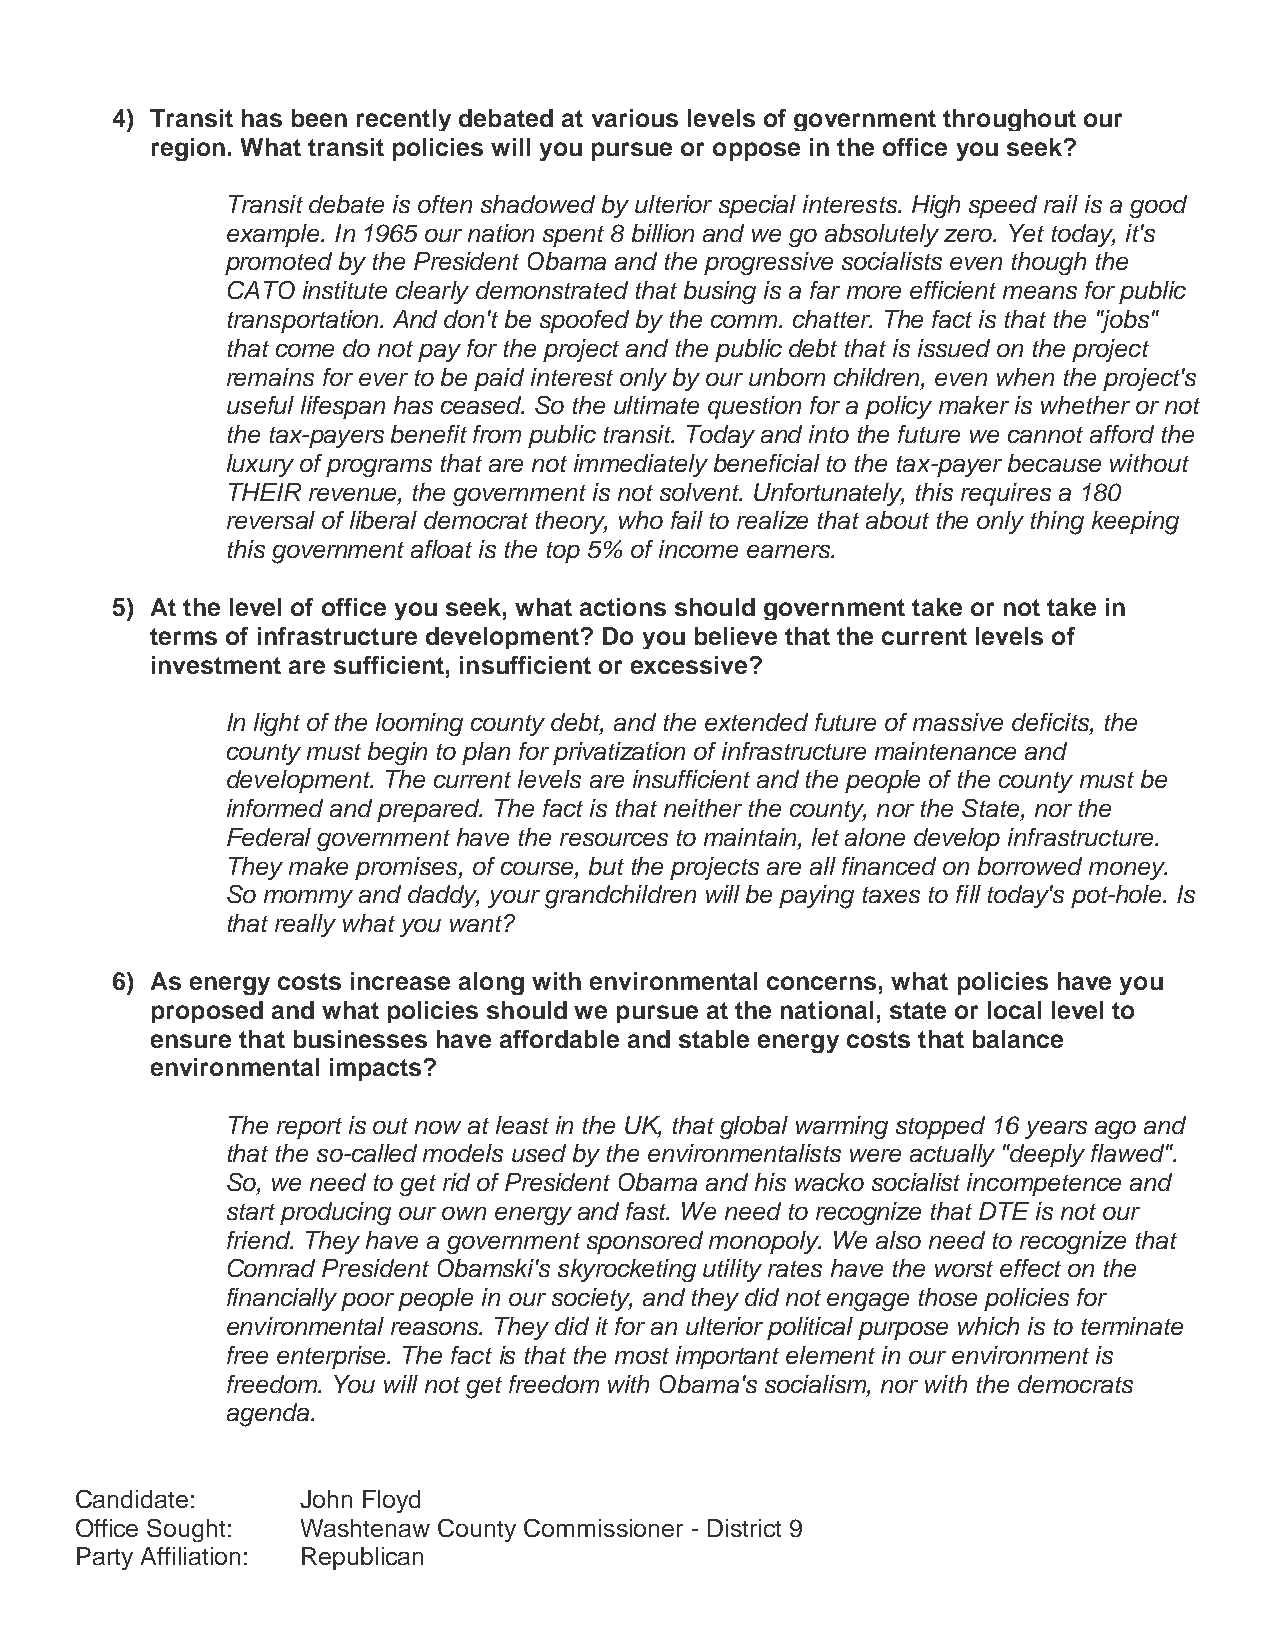
4) Transit has been recently debated at various levels of government throughout our
 region. What transit policies will you pursue or oppose in the office you seek?
 Transit debate is often shadowed by ulterior special interests. High speed rail is a good
 example. In 1965 our nation spent 8 billion and we go absolutely zero. Yet today, it's
 promoted by the President Obama and the progressive socialists even though the
 CATO institute clearly demonstrated that busing is a far more efficient means for public
 transportation. And don't be spoofed by the comm. chatter. The fact is that the "jobs"
 that come do not pay for the project and the public debt that is issued on the project
 remains for ever to be paid interest only by our unborn children, even when the project's
 useful lifespan has ceased. So the ultimate question for a policy maker is whether or not
 the tax-payers benefit from public transit. Today and into the future we cannot afford the
 luxury of programs that are not immediately beneficial to the tax-payer because without
 THEIR revenue, the government is not solvent. Unfortunately, this requires a 180
 reversal of liberal democrat theory, who fail to realize that about the only thing keeping
 this government afloat is the top 5% of income earners.
 5) At the level of office you seek, what actions should government take or not take in
 terms of infrastructure development? Do you believe that the current levels of
 investment are sufficient, insufficient or excessive?
 In light of the looming county debt, and the extended future of massive deficits, the
 county must begin to plan for privatization of infrastructure maintenance and
 development. The current levels are insufficient and the people of the county must be
 informed and prepared. The fact is that neither the county, nor the State, nor the
 Federal government have the resources to maintain, let alone develop infrastructure.
 They make promises, of course, but the projects are all financed on borrowed money.
 So mommy and daddy, your grandchildren will be paying taxes to fill today's pot-hole. Is
 that really what you want?
 6) As energy costs increase along with environmental concerns, what policies have you
 proposed and what policies should we pursue at the national, state or local level to
 ensure that businesses have affordable and stable energy costs that balance
 environmental impacts?
 The report is out now at least in the UK, that global warming stopped 16 years ago and
 that the so-called models used by the environmentalists were actually "deeply flawed".
 So, we need to get rid of President Obama and his wacko socialist incompetence and
 start producing our own energy and fast. We need to recognize that DTE is not our
 friend. They have a government sponsored monopoly. We also need to recognize that
 Comrad President Obamski's skyrocketing utility rates have the worst effect on the
 financially poor people in our society, and they did not engage those policies for
 environmental reasons. They did it for an ulterior political purpose which is to terminate
 free enterprise. The fact is that the most important element in our environment is
 freedom. You will not get freedom with Obama's socialism, nor with the democrats
 agenda.
 Candidate:     John Floyd
 Office Sought: Washtenaw County Commissioner - District 9
 Party Affiliation: Republican